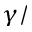
\gamma /